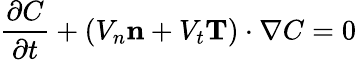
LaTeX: \frac{\partial C}{\partial t}+(V_{n}\mathbf{n}+V_{t}\mathbf{T})\cdot\nabla C=0